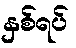
နှစ်ရပ်